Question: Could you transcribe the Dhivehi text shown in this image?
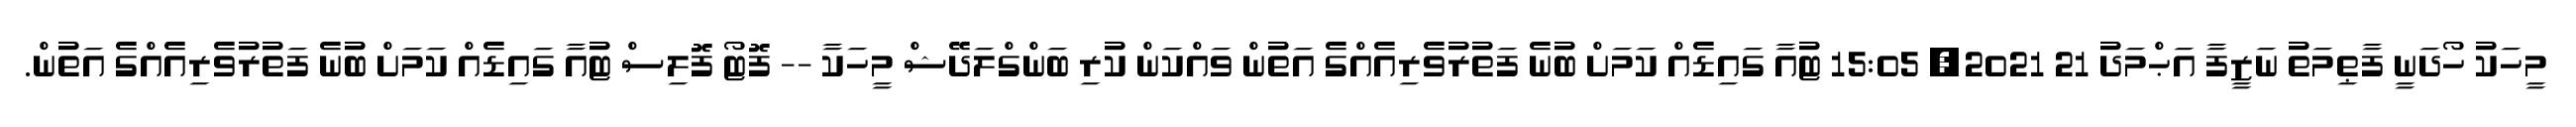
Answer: މީހަކު ހޯދަނީ ފާޠިމަތު ނަޒީފާ އަޙްމަދު 21 2021, 15:05 ޓުއާ ގައިޑެއް ކަމަށް ބުނެ ފަތުރުވެރިއެއްގެ އަތުން ވައްކަން ކުރި ބަންގްލަދޭޝް މީހަކާ -- ފޮޓޯ ފޮލިސް ޓުއާ ގައިޑެއް ކަމަށް ބުނެ ފަތުރުވެރިއެއްގެ އަތުން.